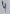
Text: 4